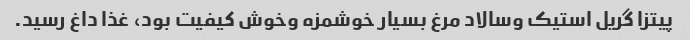
پیتزا گریل استیک وسالاد مرغ بسیار خوشمزه وخوش کیفیت بود، غذا داغ رسید.